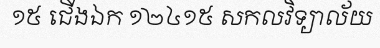
១៥ ជើងឯក ១២៤១៥ សកលវិទ្យាល័យ